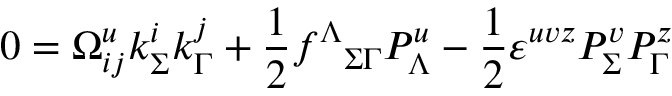
0 = \Omega _ { i j } ^ { u } k _ { \Sigma } ^ { i } k _ { \Gamma } ^ { j } + { \frac { 1 } { 2 } } { f ^ { \Lambda } } _ { \Sigma \Gamma } { \cal P } _ { \Lambda } ^ { u } - { \frac { 1 } { 2 } } \varepsilon ^ { u v z } { \cal P } _ { \Sigma } ^ { v } { \cal P } _ { \Gamma } ^ { z }